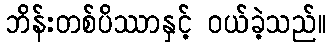
ဘိန်းတစ်ပိဿာနှင့် ဝယ်ခဲ့သည်။